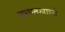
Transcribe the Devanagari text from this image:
बचावल्याचे